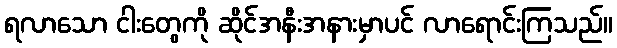
ရလာသော ငါးတွေကို ဆိုင်အနီးအနားမှာပင် လာရောင်းကြသည်။